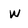
Character: W